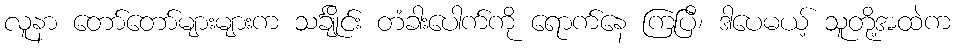
လူနာ တော်တော်များများက သင်္ချိုင်း တံခါးပေါက်ကို ရောက်နေ ကြပြီ၊ ဒါပေမယ့် သူတို့အထဲက